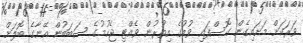
ވަރަކަށް މަށައިގެން ގޮސްފައި ވުމުގެ އިތުރުން ވެއްޓި ޖެހުމުގެ ސަބަބުން އޭނާގެ ބޮލަށް